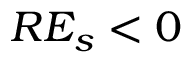
R E _ { s } < 0